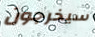
سيخرجون